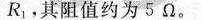
R_{1}，其阻值约为5Ω。